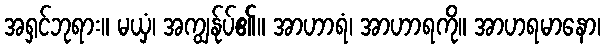
အရှင်ဘုရား။ မယှံ၊ အကျွန်ုပ်၏။ အာဟာရံ၊ အာဟာရကို။ အာဟရမာနော၊